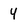
Character: 4